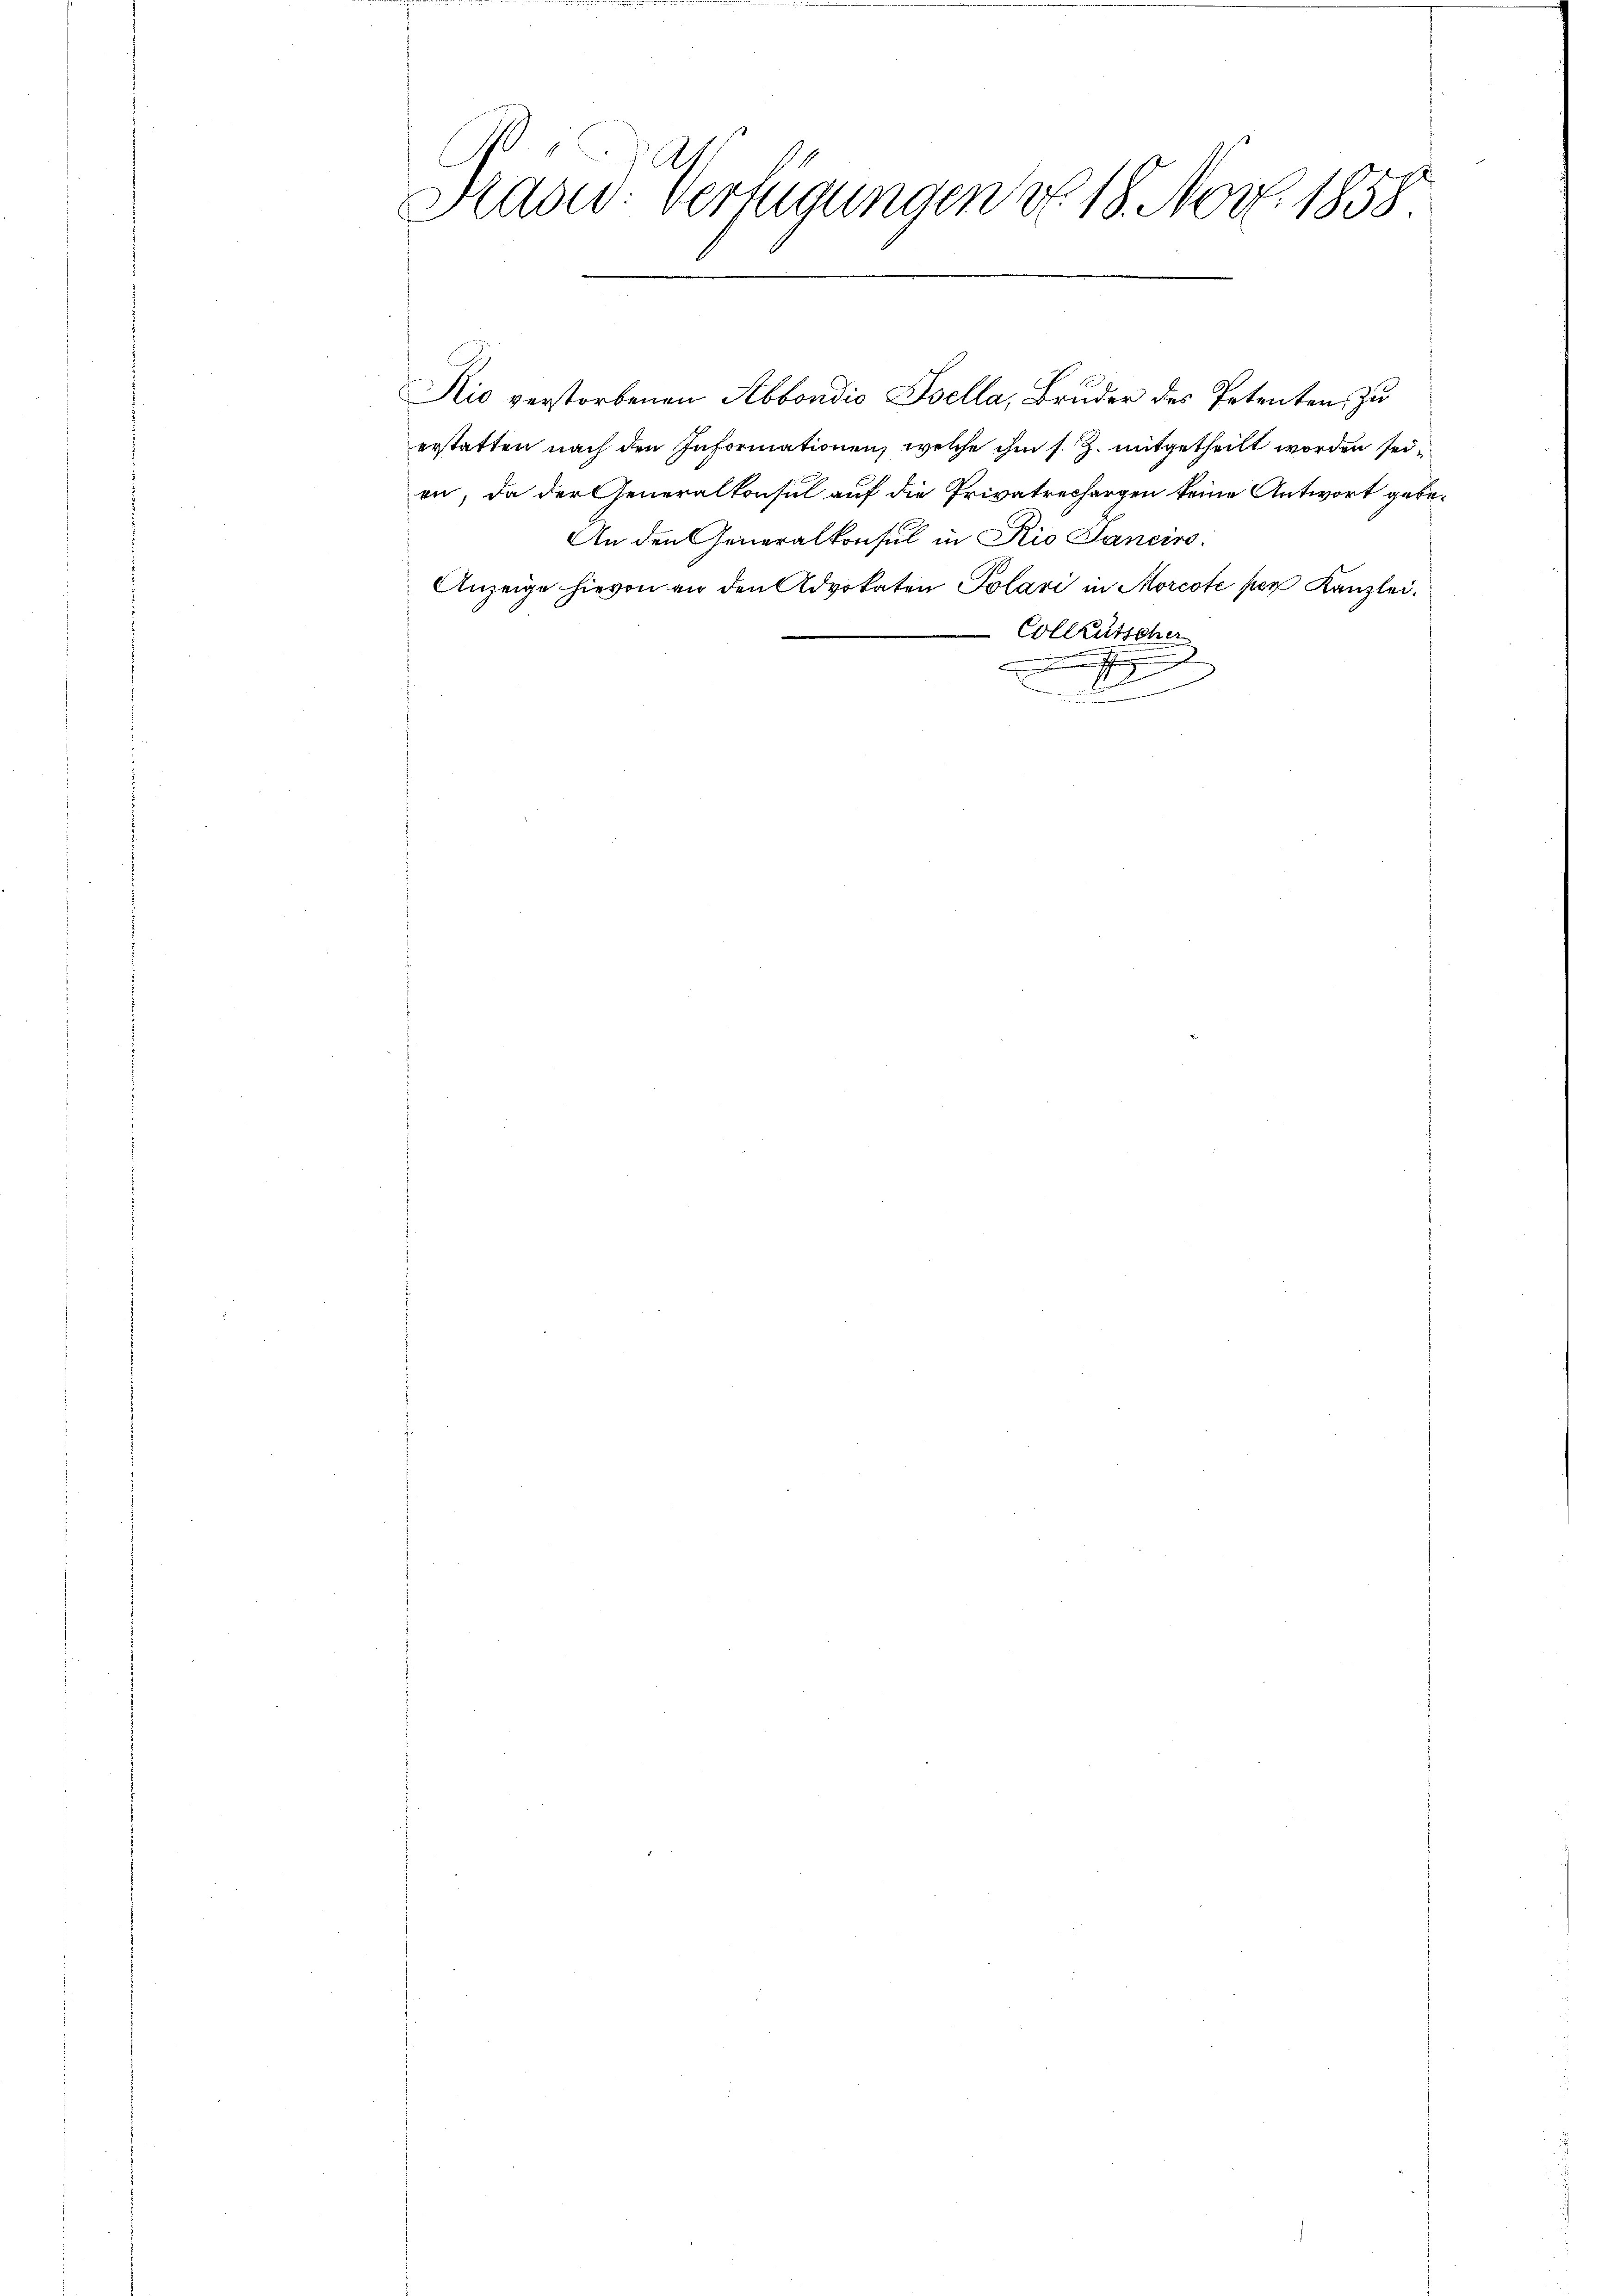
.
Hasur: Vernigungen v. 18. Nov. 1858

erstatten nach den Informationen, welche ihm s. Z. mitgetheilt worden sei,
en, da der Generalkonsul auf die Privatrechargen keine Antwort gebe¬
An den Generalkonsul in Rio Sanciro.
Anzeige hievon an den Advokaten Polari in Morcote per Kanzlei¬
Collrutscher
e
1
wängen
d

Kio verstorbenen Abbondio Ssella, Bruder des Petenten, zu